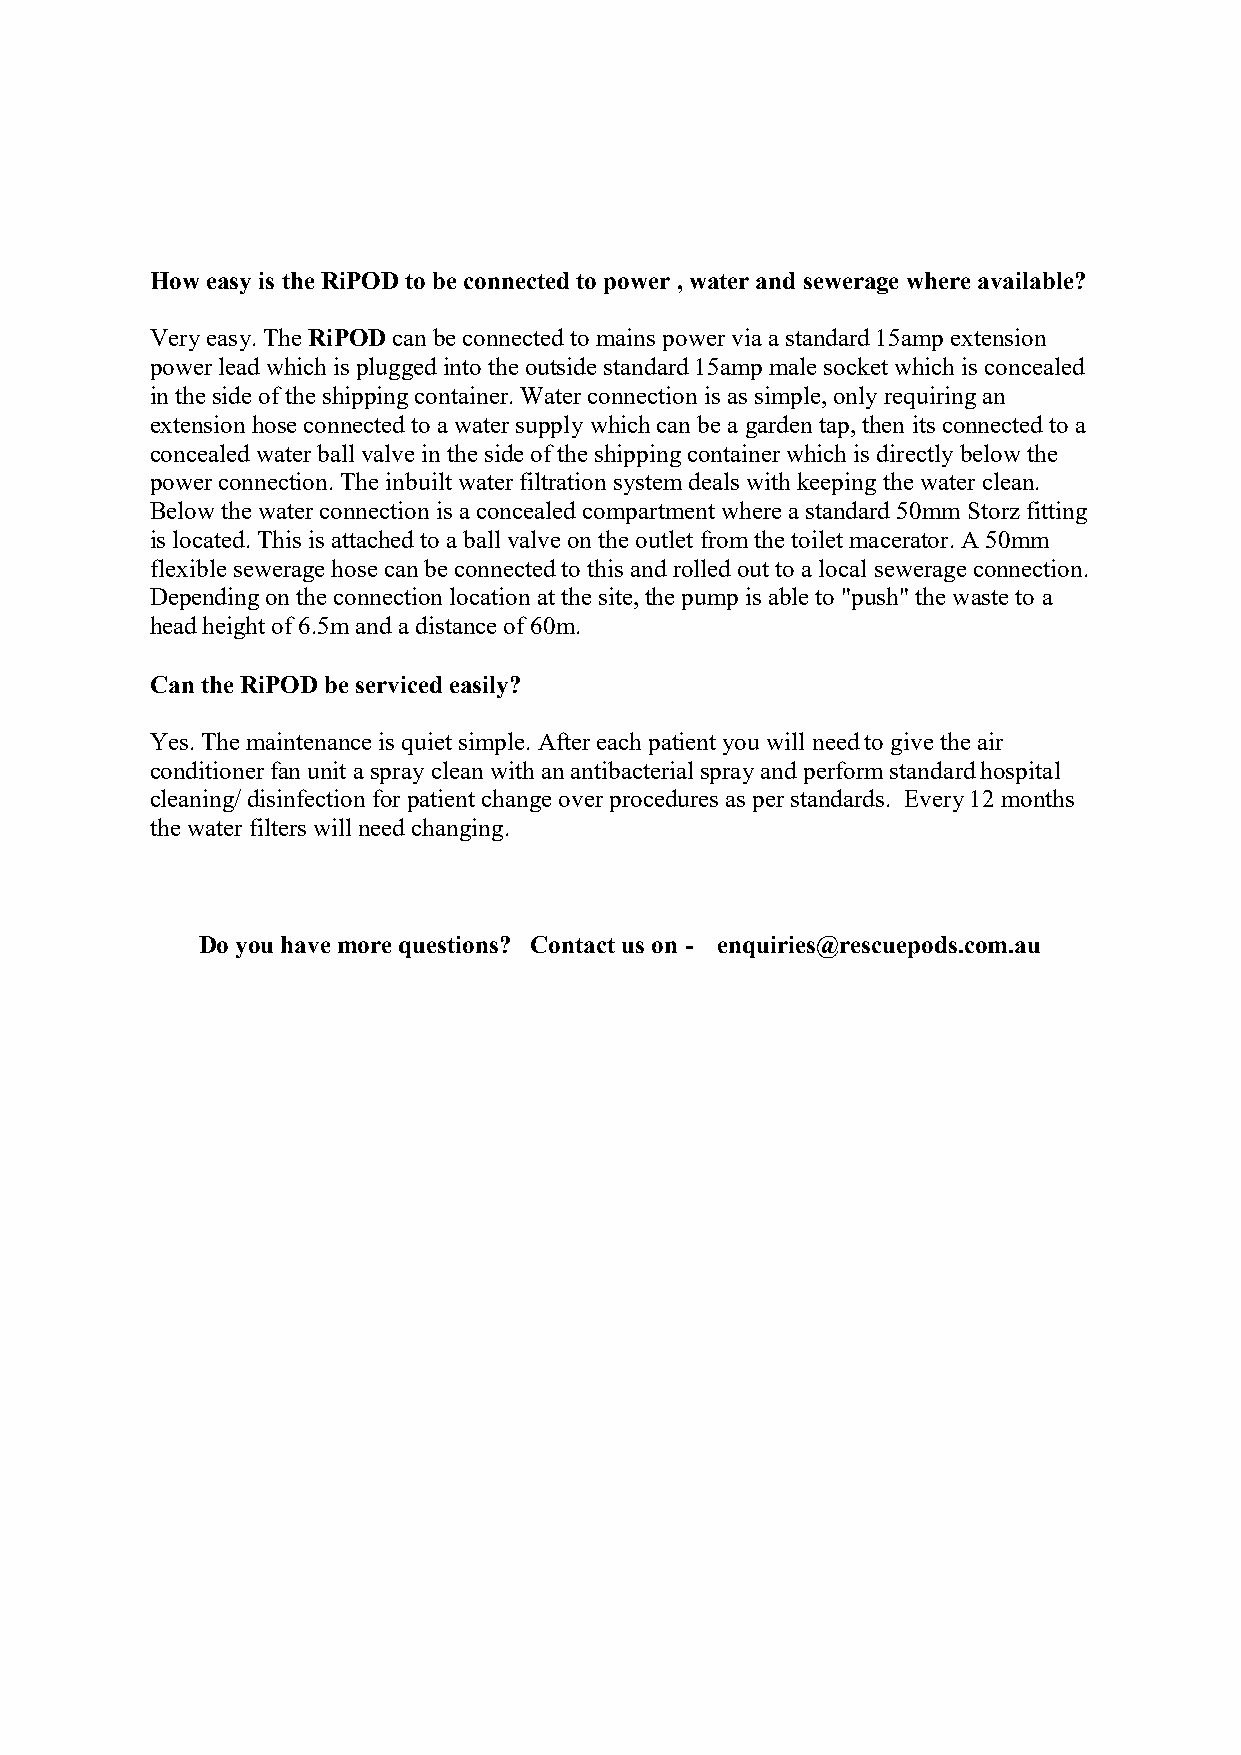
How easy is the RiPOD to be connected to power , water and sewerage where available?
 Very easy. The RiPOD can be connected to mains power via a standard 15amp extension
 power lead which is plugged into the outside standard 15amp male socket which is concealed
 in the side of the shipping container. Water connection is as simple, only requiring an
 extension hose connected to a water supply which can be a garden tap, then its connected to a
 concealed water ball valve in the side of the shipping container which is directly below the
 power connection. The inbuilt water filtration system deals with keeping the water clean.
 Below the water connection is a concealed compartment where a standard 50mm Storz fitting
 is located. This is attached to a ball valve on the outlet from the toilet macerator. A 50mm
 flexible sewerage hose can be connected to this and rolled out to a local sewerage connection.
 Depending on the connection location at the site, the pump is able to "push" the waste to a
 head height of 6.5m and a distance of 60m.
 Can the RiPOD be serviced easily?
 Yes. The maintenance is quiet simple. After each patient you will need to give the air
 conditioner fan unit a spray clean with an antibacterial spray and perform standard hospital
 cleaning/ disinfection for patient change over procedures as per standards. Every 12 months
 the water filters will need changing.
 Do you have more questions? Contact us on - enquiries@rescuepods.com.au